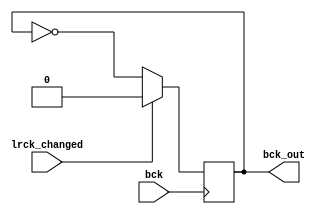
//BCK1/2
//lrck_changed

module half_freq(bck, lrck_changed, bck_out);
	input bck;
	input lrck_changed;
	output bck_out;

	reg bck_out;

	always @ (negedge bck)
	begin
		if(lrck_changed == 1)
		begin
			bck_out <= 0; 
		end
		else
		begin
			bck_out <= ~bck_out;
		end
	end
	
endmodule